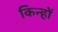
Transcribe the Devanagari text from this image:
किन्हों